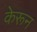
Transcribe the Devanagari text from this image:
केरून